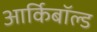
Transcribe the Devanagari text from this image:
आर्किबॉल्ड